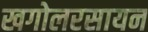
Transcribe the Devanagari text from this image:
खगोलरसायन